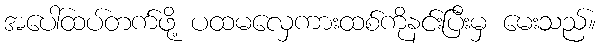
အပေါ်ထပ်တက်ဖို့ ပထမလှေကားထစ်ကိုနင်းပြီးမှ မေးသည်။